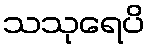
သသုရေပိ